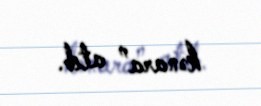
kənara” atıb.